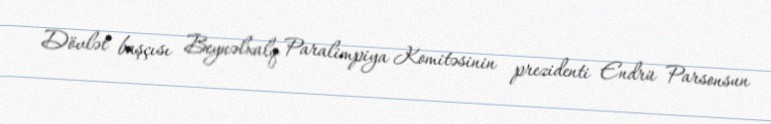
Dövlət başçısı Beynəlxalq Paralimpiya Komitəsinin prezidenti Endrü Parsonsun